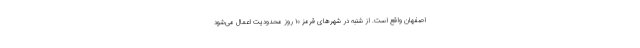
اصفهان واقع است. از شنبه در شهرهای قرمز ۱۰ روز محدودیت اعمال می‌شود